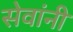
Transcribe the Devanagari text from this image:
सेवांनी